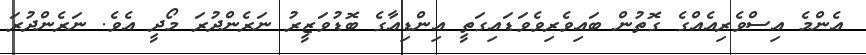
އެންމެ އިސްވެރިއެއްގެ ގޮތުން ބައިވެރިވެވަޑައިގަތީ އިންޑިއާގެ ބޮޑުވަޒީރު ނަރެންްދުރަ މޯދީ އެވެ. ނަރެންދުރަ